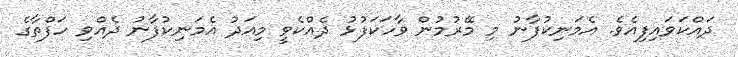
ދައްކަވައިފިއެވެ. އެމަނިކުފާނު މި މޭރުމުން ވާހަކަފުޅު ދެއްކެވީ މިއަދު އެމަނިކުފާނު ދެއްވި ހަފްތާގެ